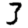
Digit: 3